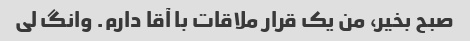
صبح بخیر، من یک قرار ملاقات با آقا دارم. وانگ لی